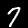
Digit: 7